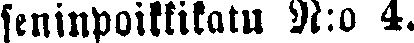
seninpoikkikatu N:o 4.